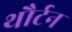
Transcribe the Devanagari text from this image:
थौर्टन